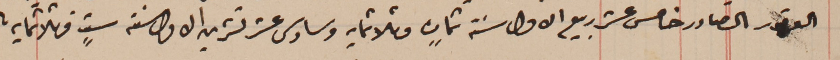
القرار الصادر خامس عشر ربيع الاول سنة ثمانٍ وثلاثمايه وسادس عشر تشرين الاول سنة ستٍ وثلاثمايه.